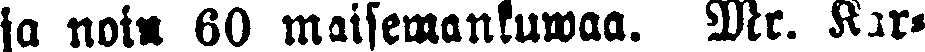
ja noin 60 maisemakuwaa. Mr. kar-